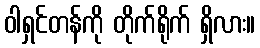
ဝါရှင်တန်ကို တိုက်ရိုက် ရှိလား။